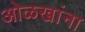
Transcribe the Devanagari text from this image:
ओळखांना